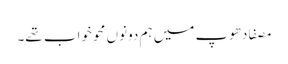
مصفا دھوپ میں ہم دونوں محو خواب تھے۔